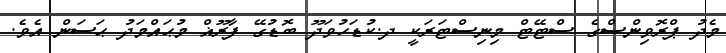
މެދު ޕްރޮވިންސްގެ ސްޓޭޓް މިނިސްޓަރަކީ ދ.ކުޑަހުވަދޫ ބޮޑުގޭ ފާރޫޣް މުޙައްމަދު ޙަސަން އެވެ.